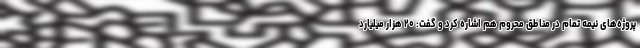
پروژه‌های نیمه تمام در مناطق محروم هم اشاره کرد و گفت: ۲۰ هزار میلیارد